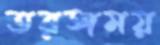
তরঙ্গময়